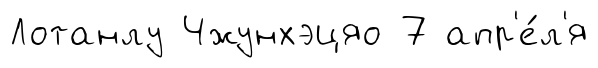
Лотанлу Чжунхэцяо 7 апр'е́л'я